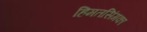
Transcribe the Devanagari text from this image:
हिमतसिंगका